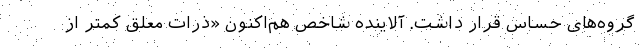
گروه‌های حساس قرار داشت. آلاینده شاخص هم‌اکنون «ذرات معلق کمتر از